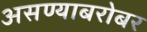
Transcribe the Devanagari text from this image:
असण्याबरोबर